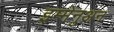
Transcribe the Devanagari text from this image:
इम्मेनुअन